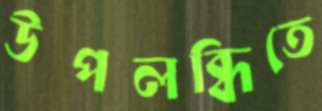
উপলব্ধিতে